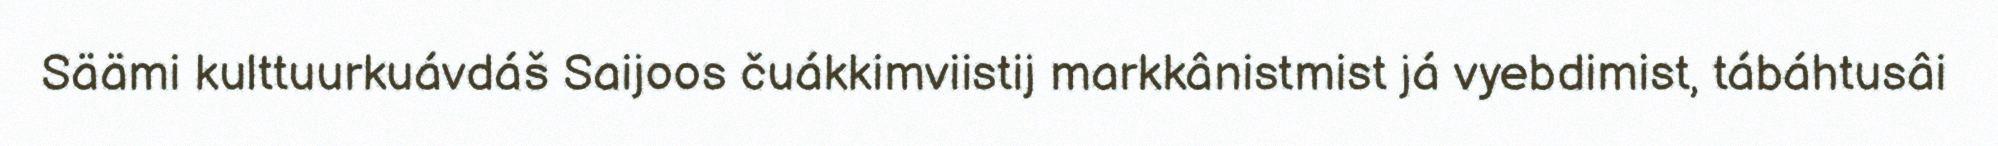
Säämi kulttuurkuávdáš Saijoos čuákkimviistij markkânistmist já vyebdimist, tábáhtusâi